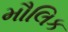
મૌલિક